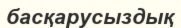
басқарусыздық